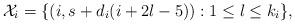
LaTeX: \begin{align*}&\mathcal{X}_i=\{(i,s+d_i(i+2l-5)): 1 \leq l \leq k_i \},\end{align*}